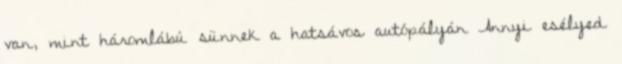
van, mint háromlábú sünnek a hatsávos autópályán Annyi esélyed